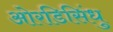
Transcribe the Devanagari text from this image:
ओरडिसिंधु